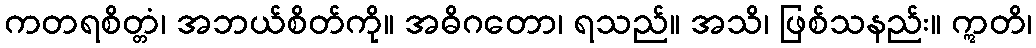
ကတရစိတ္တံ၊ အဘယ်စိတ်ကို။ အဓိဂတော၊ ရသည်။ အသိ၊ ဖြစ်သနည်း။ ဣတိ၊